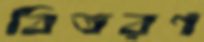
বিতরণ